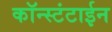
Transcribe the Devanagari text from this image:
कॉन्स्टंटाईन